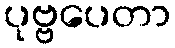
ပုဗ္ဗပေတာ